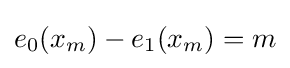
e_{0}(x_{m})-e_{1}(x_{m})=m